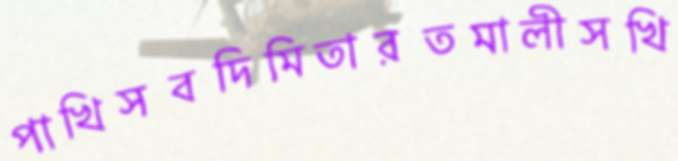
পাখিসবদিমিতারতমালীসখি